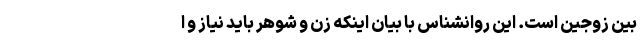
بین زوجین است. این روانشناس با بیان اینکه زن و شوهر باید نیاز و ا